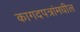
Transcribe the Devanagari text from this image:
कागदपत्रांमधील